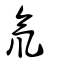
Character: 氘